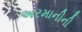
અરમાનીની